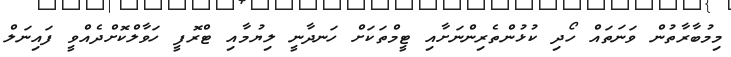
މިމުބާރާތުން ވަނަތައް ހޯދި ކުޅުންތެރިންނަށާއި ޓީމްތަކަށް ހަނދާނީ ލިޔުމާއި ޓްރޮފީ ހަވާލްކޮށްދެއްވީ ފައިނަލް